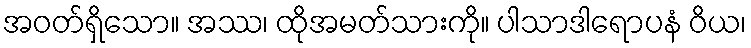
အဝတ်ရှိသော။ အဿ၊ ထိုအမတ်သားကို။ ပါသာဒါရောပနံ ဝိယ၊